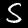
Label: 5